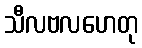
သီလဗလဟေတု